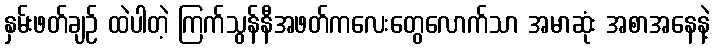
နှမ်းဖတ်ချဉ် ထဲပါတဲ့ ကြက်သွန်နီအဖတ်ကလေးတွေလောက်သာ အမာဆုံး အစာအနေနဲ့